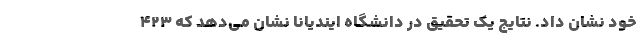
خود نشان داد. نتایج یک تحقیق در دانشگاه ایندیانا نشان می‌دهد که ۴۲۳